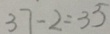
3 7 - 2 = 3 5